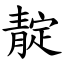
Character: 靛